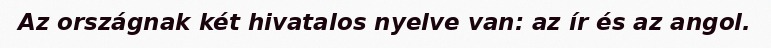
Az országnak két hivatalos nyelve van: az ír és az angol.